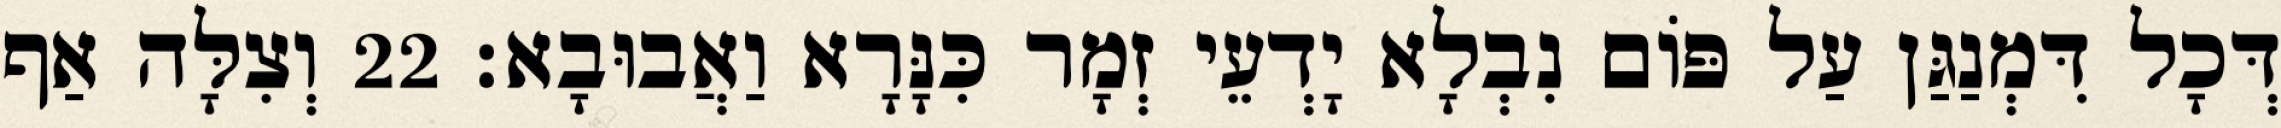
דְּכָל דִּמְנַגַּן עַל פּוֹם נִבְלָא יָדְעֵי זְמָר כִּנָּרָא וַאֲבוּבָא׃ 22 וְצִלָּה אַף